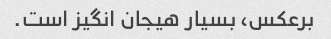
برعکس، بسیار هیجان انگیز است.